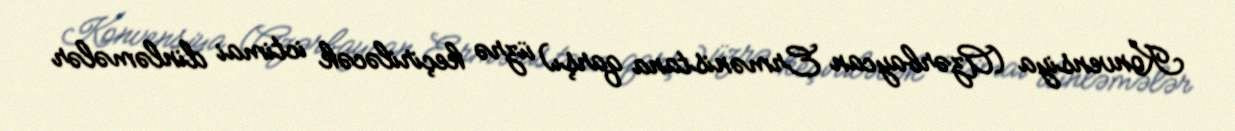
Konvensiya (Azərbaycan Ermənistana qarşı) üzrə keçiriləcək ictimai dinləmələr